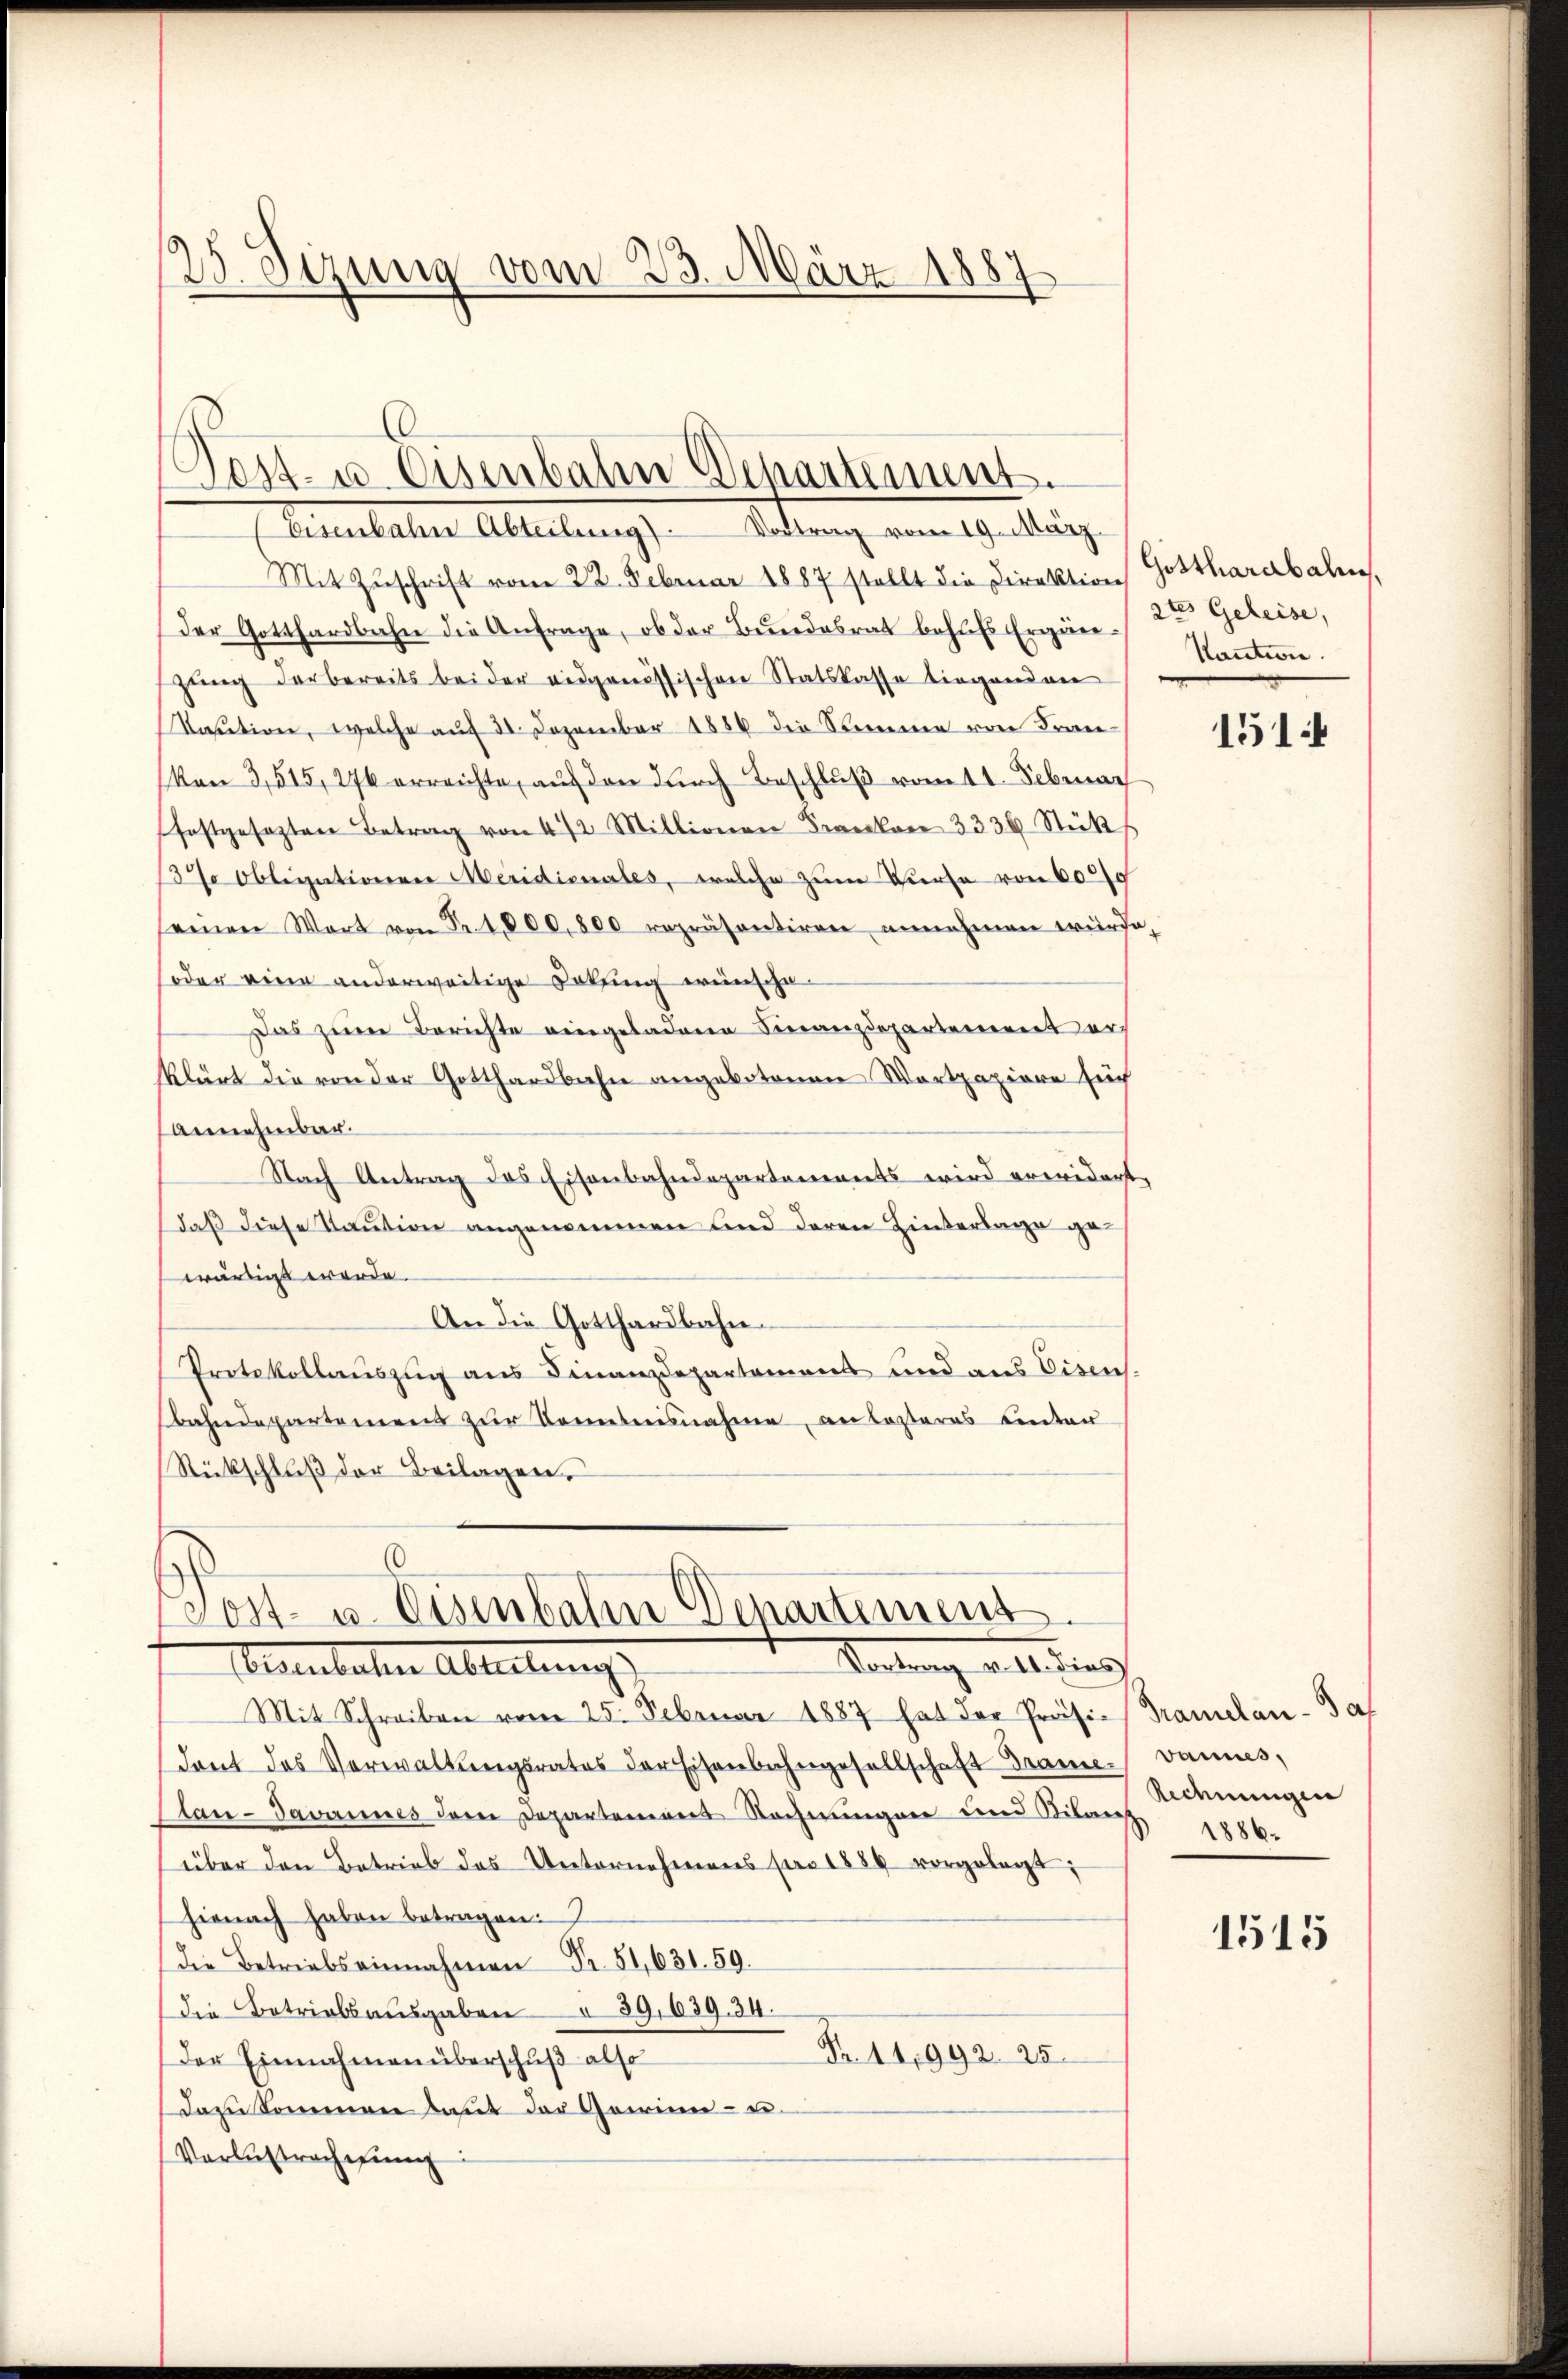
25. Sizung vom 23. März 1887

Mit Zuschrift vom 22. Februar 1887 stellt die Direktion
der Gotthardbahn die Anfrage, ob der Bŭndesrat behŭfs Ergäre-
zung der bereits beider eidgenössischen Statskasse liegenden
Kaution, welche auf 30. Dezember 1886 die Stimme von Fran¬
(von 3,515, 276 erreichte, auf den durch Beschluß vom 11. Sebenac
festgesezten Betrag von 472 Millionen Franken 3336 Stücks
137 Obligationen Meridionales, welche zum Kurse von 600
seinen Wort von Fr. 1,800,800 repräsentiren annehmen würde,
oder eine anderweitige Dokung wünsche
Das zum Berichte eingeladene Finanzdepartement erklärt die von der Gotthardbahn angebotenen Wortpapiere such
annehmbar.
Nach Antrag des Eisenbahndepartements wird erwidert.
daß diese Kaution angenommen und deren Hinterlage gewärtigt werde.
An die Gotthardbahn¬
Protokollauszug aus Finanzdepartement und aus Eisen.
bahndepartemens zur Kenntnisnahme, an lasteres unter
Rückschluß der Beilagen.

Post- u. Eisenbalen Departement.
(Eisenbahn Abteilung). Vortrag vom 19. März

.
Post- u. Eisenbahn Venartement.
Verdung als dies
Alderbaler Ableitung

Mit Schreiben vom 25. Februar 1887 hat der Präsi- Tramelan-Ja
dant das Verwaltŭngsrates der Eisenbahngesellschaft Grame-vannes,
Plan - Javannes dem Departement Rechnungen und Bilanz
über den Betrieb des Unternehmens pro 1884 vorgelegt;
hienach haben betragen:
Die Betriebseinnahmen Fr. 51, 631. 59.
die Betriebsausgaben § 39, 639. 34.
Fr. 14,992. 25
Der Einnahmen überschuß also
Dazu kommen laut der Gewinn- u.
Vorbestrachtung

Gotthardbahn,
2tes Geleise,
Kantiie.

1514

Rechnungen
1886.

1515